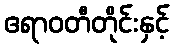
ဧရာဝတီတိုင်းနှင့်